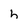
Character: h